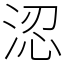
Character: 涊